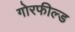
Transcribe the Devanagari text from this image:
गोरफील्ड